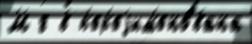
М 8 в п'ер'еjим'ено́вана